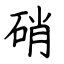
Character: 硝